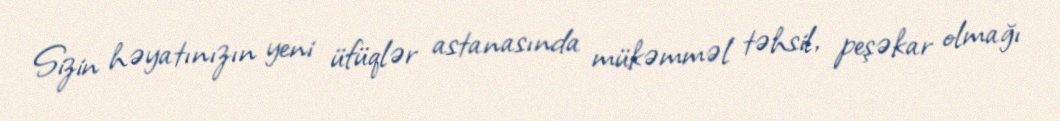
Sizin həyatınızın yeni üfüqlər astanasında mükəmməl təhsil, peşəkar olmağı